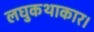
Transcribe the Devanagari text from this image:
लघुकथाकार।